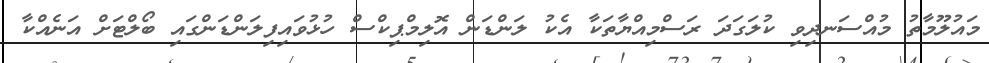
މައުލޫމާތު މުއްސަނދިވި ކުލަގަދަ ރަސްމިއްޔާތަކާ އެކު ލަންޑަން އޮލިމްޕިކްސް ހުޅުވައިފިލަންޑަންގައި ބޯލްޓަށް އަނެއްކާ